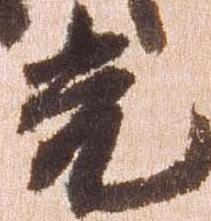
光